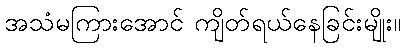
အသံမကြားအောင် ကျိတ်ရယ်နေခြင်းမျိုး။